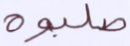
صلبوه